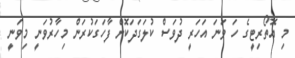
މި އޮތޯރިޓީގެ ހަ ވަނަ އަހަރީ ދުވަސް ކުލަގަދަކޮށް ފާހަގަކުރަން މިހާރުވަނީ މިވަނީ